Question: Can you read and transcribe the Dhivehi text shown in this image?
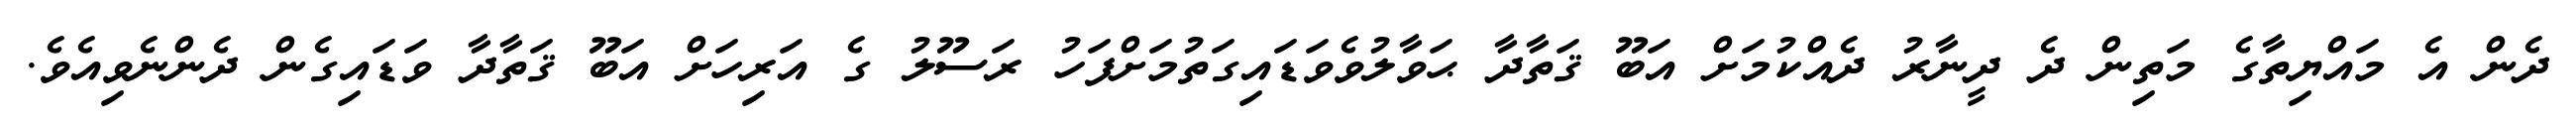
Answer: ދެން އެ މައްޔިތާގެ މަތިން ދެ ދީނާރު ދެއްކުމަށް އަބޫ ޤަތާދާ ޙަވާލުވެވަޑައިގަތުމަށްފަހު ރަސޫލު ގެ އަރިހަށް އަބޫ ޤަތާދާ ވަޑައިގެން ދެންނެވިއެވެ.